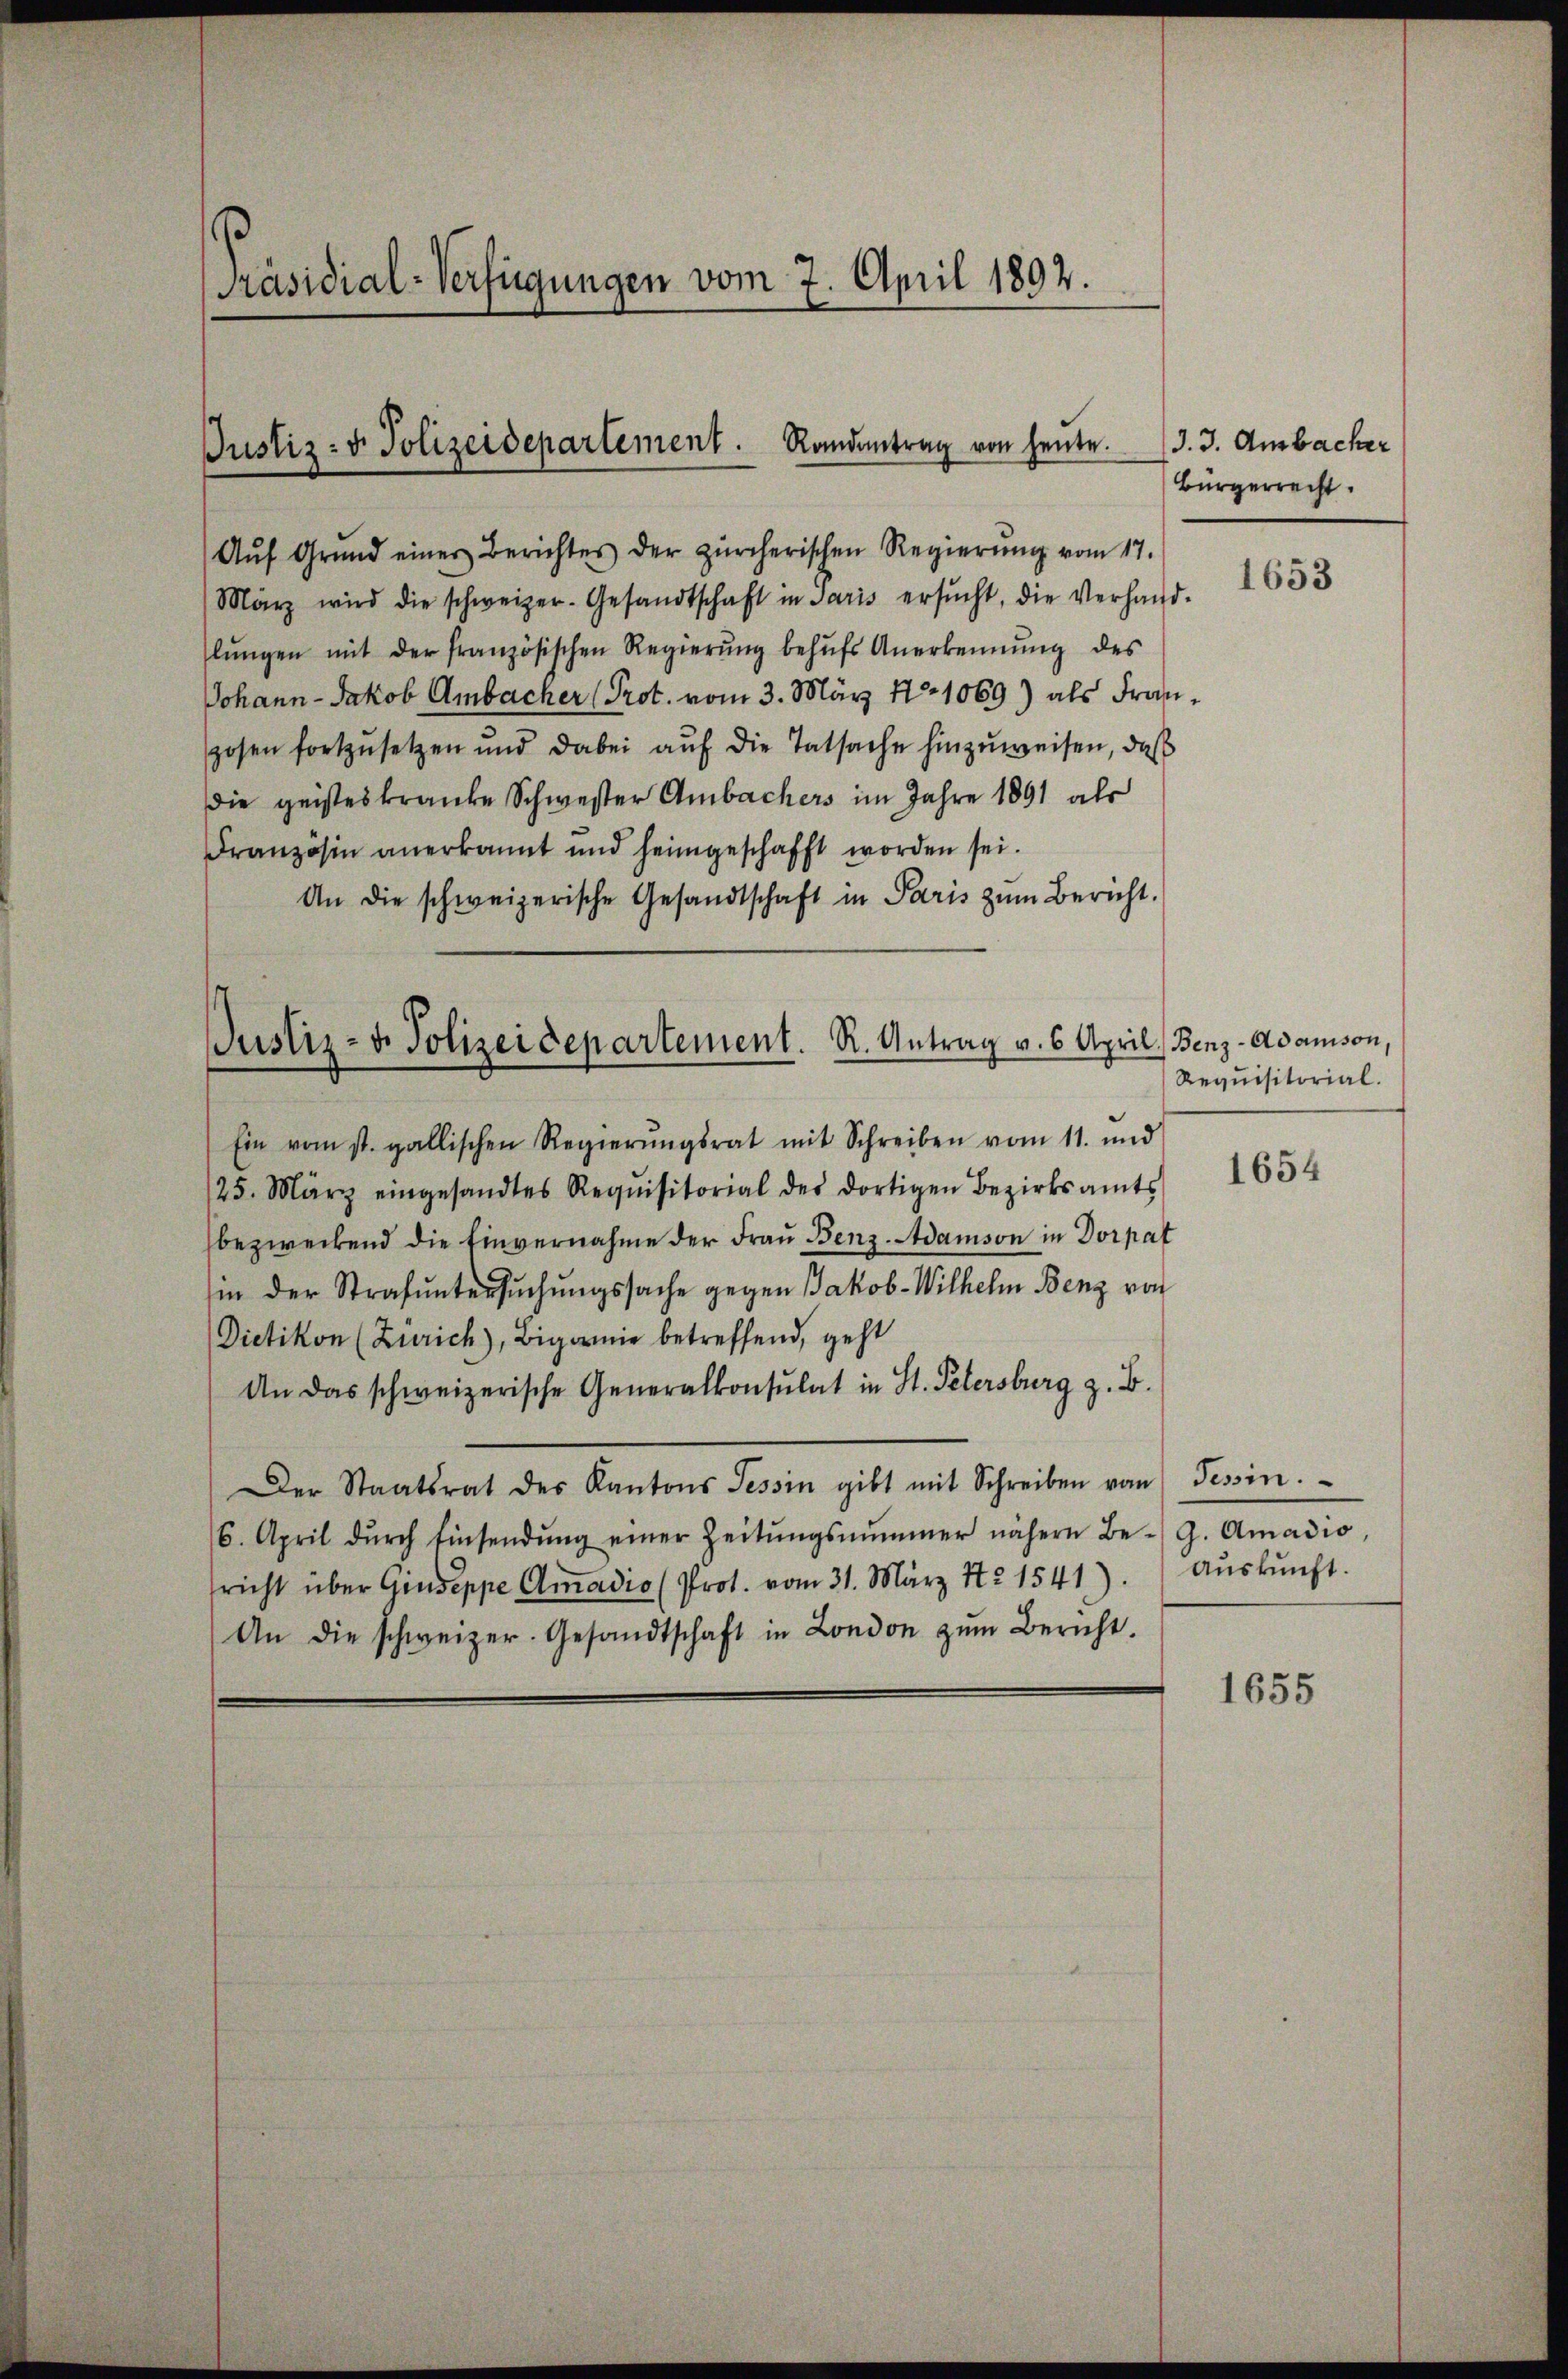
Präsidial-Verfügungen vom 7. April 1892.

Justiz- u. Polizeidepartement. Randantrag von heute.

Aŭf Grŭnd einer Berichtes der zürcherischen Regierŭng vom 17.
März wird die schweizer-Gesandtschaft in Paris ersŭcht, die Verhand-
lŭngen mit der französischen Regierŭng behŭfs Anerkennung des
Johann - Jakob Ambacher (Prot. vom 3. März No 1069) als Franzosen fortzŭsetzen und dabei aŭf die Tatsache hinzŭweisen, daß
die geisteskranke Schwester Ambachers im Jahre 1891 als
Französin anerkannt und heimgeschafft worden sei.
An die schweizerische Gesandtschaft in Paris zŭm Bericht.

Justiz- u. Polizeidepartement. R. Antrag v. 6. Apri

Ein vom st. gallischen Regierŭngsrat mit Schreiben vom 11. und
25. März eingesandtes Requisitorial des dortigen Bezirksamts
bezweckend die Einvernahme der Fraŭ Benz-Adamson in Dorpat
in der Strafuntersuchungssache gegen Jakob-Wilhelm Benz von
Dietikon (Zürich), Bigamie betreffend, geht
An das schweizerische Generalkonsulat in St. Petersburg z. B.
Der Staatsrat des Kantons Tessin gibt mit Schreiben vom Tessin.
(6. April dŭrch Einsendŭng einer Zeitŭngsnummer nähere Be-G. Amadio,
sricht über Giuseppe Amadio (Prot. vom 31. März Nr. 1541). Aŭskŭnft.
An die schweizer. Gesandtschaft in London zŭm Bericht.

J. 3. Ambacher
Bürgerrecht.

1653

l. Benz-Adamson,
Requisitorial.

1654

1655